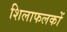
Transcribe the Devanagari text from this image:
शिलाफलकों